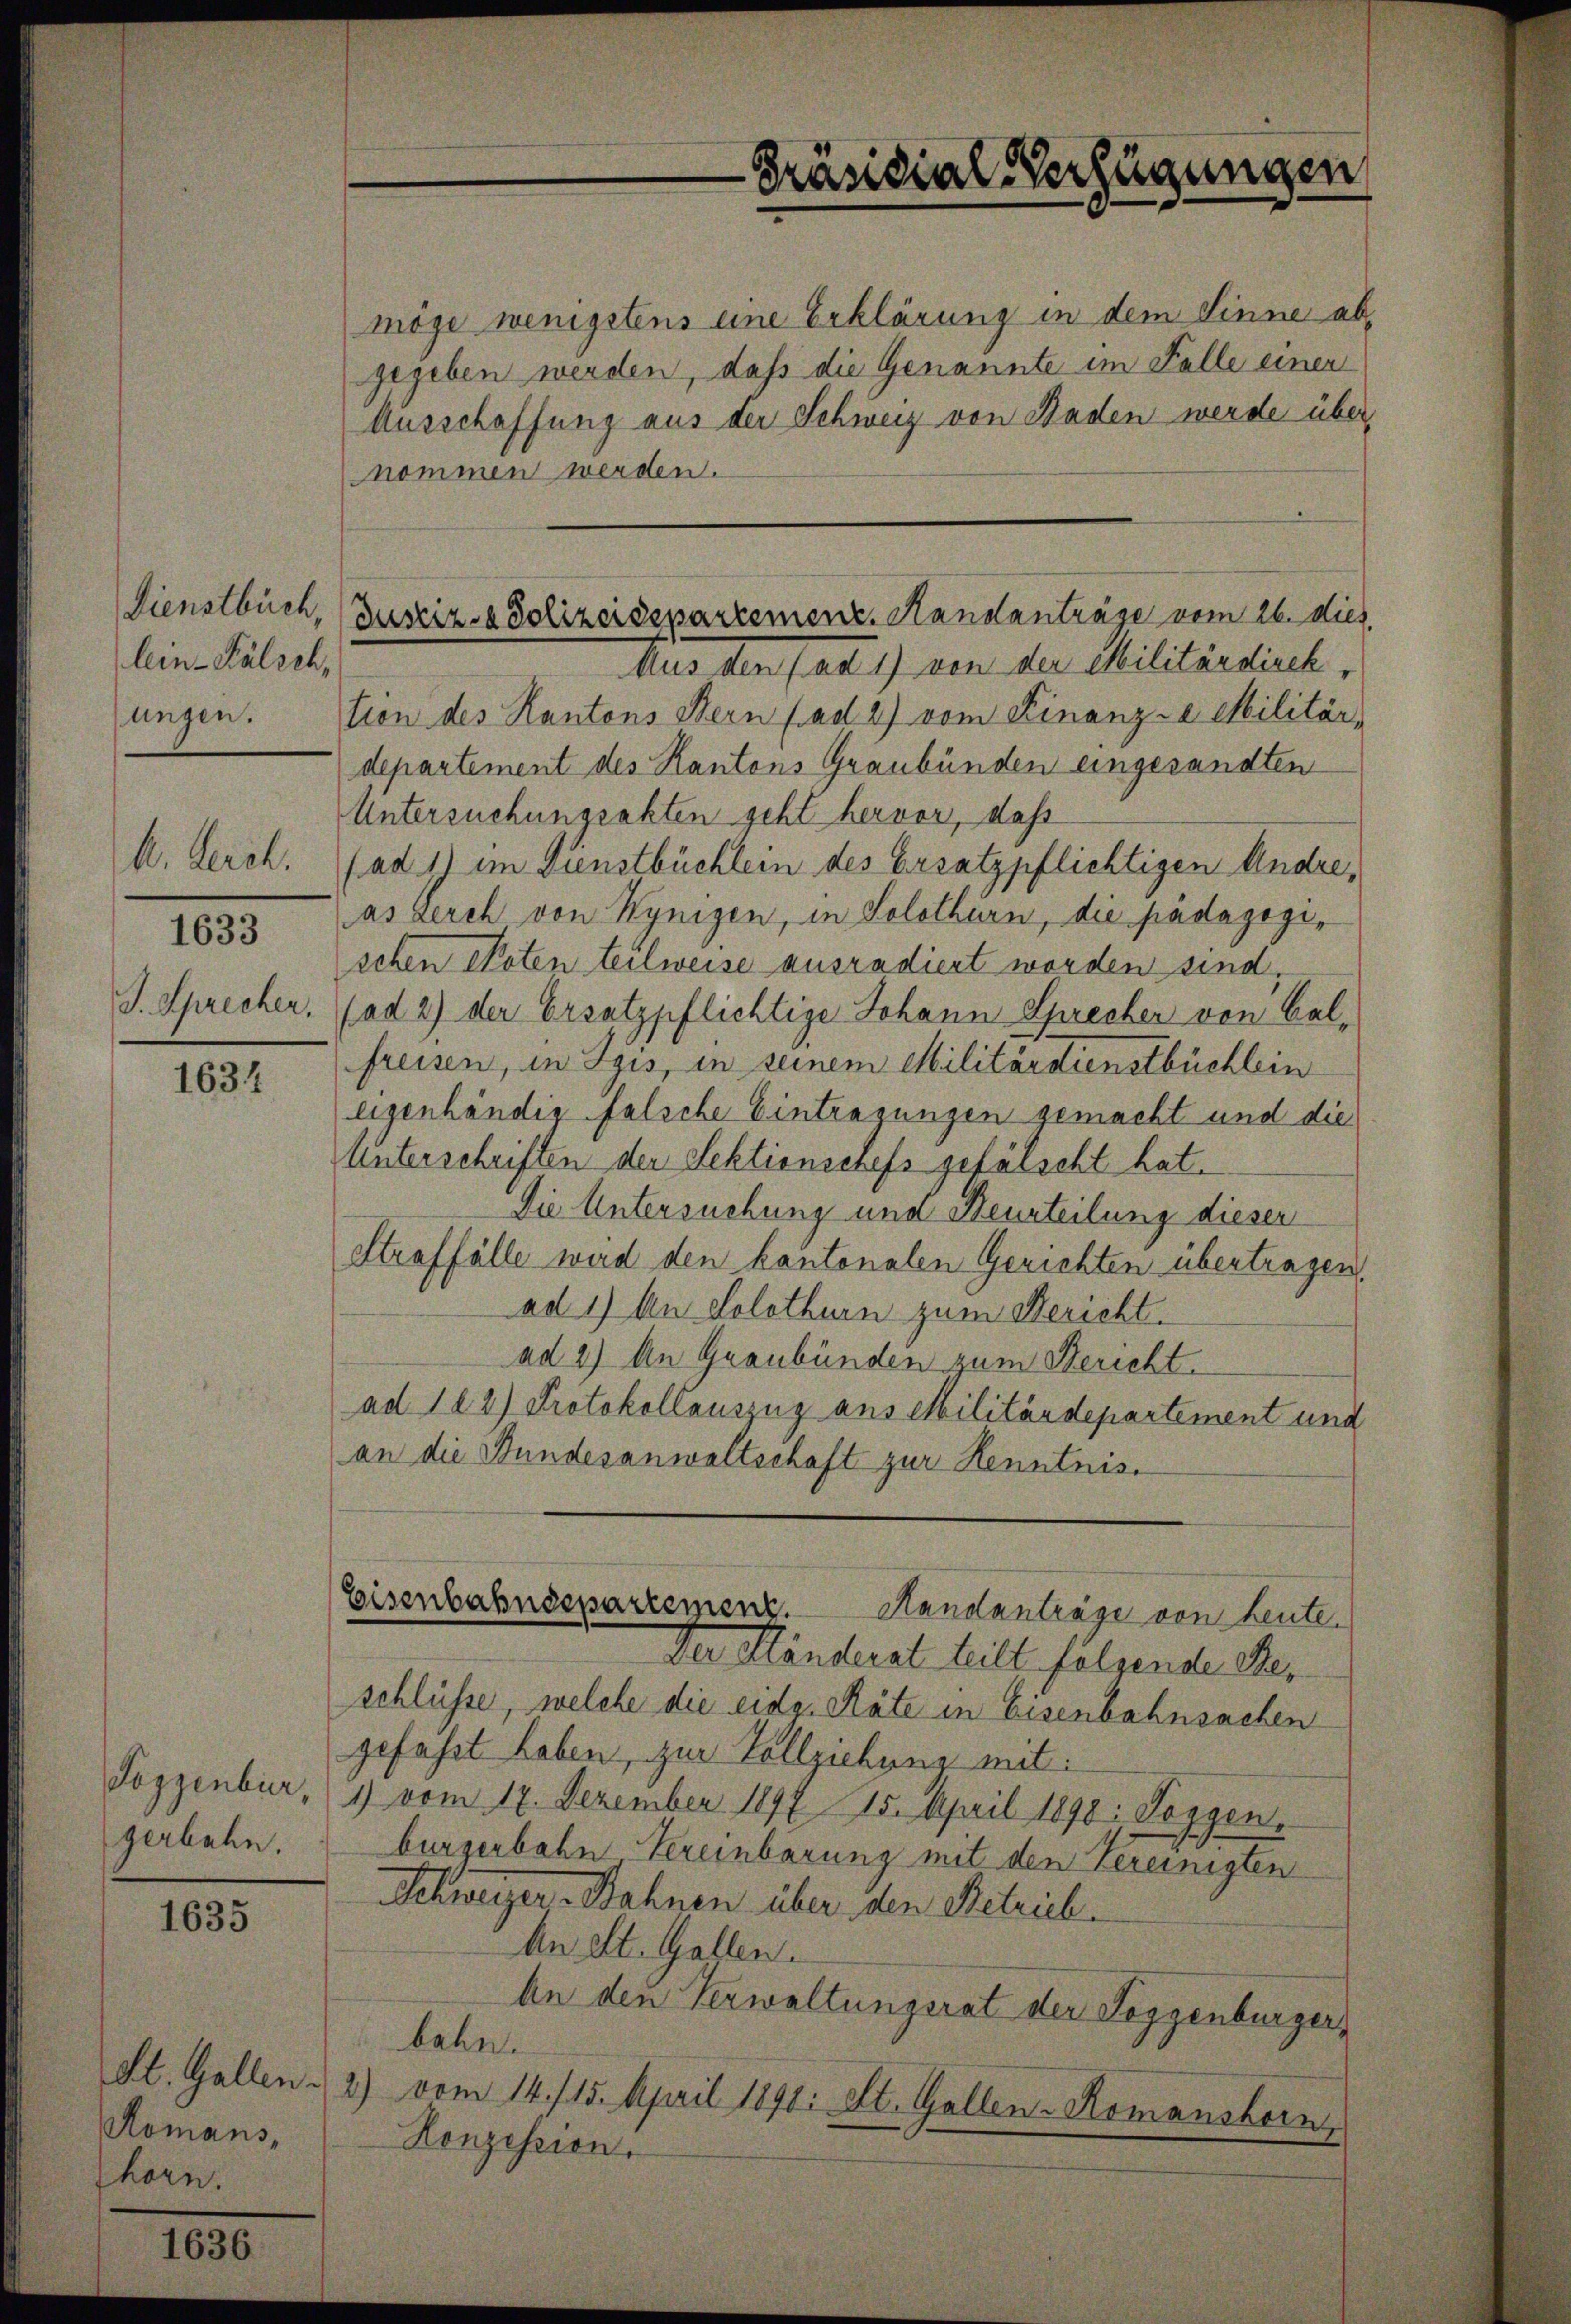
Dienstbuch,
lein-Fälsch,
ungen.

k. Leich.
J. Sprechen.

1633

1634

Toggenbur,
gerbahn.

1635

St. Gallen.
Romans,
Thorn.

1636

möge wenigstens eine Erklärung in dem Sinne ab,
gegeben werden, daß die Genannte im Falle einen
Ausschaffung aus der Schweiz von Baden werde über
nommen werden.
Aus den (ad 1) von der Militärdirek
tion des Kantons Bern (ad 2) vom Finanzza Militär-
departement des Kantons Graubünden eingesandten
Untersuchungsakten geht hervor, daß
(ad 1) im Dienstbüchlern des Ersatzpflichtigen Andreas Lerch von Kynigen, in Solothurn, die padagogischen Noten teilweise ausradiert worden sind,
(ad 2) der Ersatzpflichtige Johann Sprecher von Balfreisen, in Spis, in seinem Militärdienstbüchlein
eigenhändig falsche Eintragungen gemacht und die
Unterschriften der Sektionschefs gefälscht hat.
Die Untersuchung und Beurteilung dieser
Straffälle wird den kantonalen Gerichten übertragen,
ad 1) An Solothurn zum Bericht.
ad 2) An Graubünden zum Bericht.
ad 102) Protokollauszug aus Militärdepartement und
an die Stundesanwaltschaft zur Kenntnis.

Präsidial-Verfügungen

Justiz- & Polizeisepartement. Handanträge vom 26. dies

Eisenbahndepartement. Standanträge von Leute.

Der Händerat heilt folgende Beschlüsse, welche die eide Räte in Eisenbahnsachen
gefasst haben, zur Vollziehung mit:
1) vom 17. Dezember 1897 15. April 1890; Joggen-
burgerbahn Vereinbarung mit den Vereinigten
Schweizer-Bahnen über den Betrieb
An St. Gallen.
An den Verwaltungsrat der Seggenburger,
bahn.
2) vom 14. 115. April 1890: St. Gallen-Komanshorn,
Konzession.